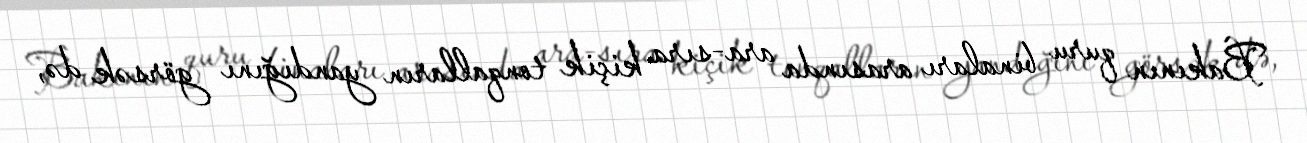
Bakının quru binaları arasında ara-sıra kiçik tonqalların yandığını görsək də,